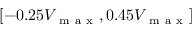
[ - 0 . 2 5 V _ { \mathrm { ~ m ~ a ~ x ~ } } , 0 . 4 5 V _ { \mathrm { ~ m ~ a ~ x ~ } } ]